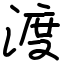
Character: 渡